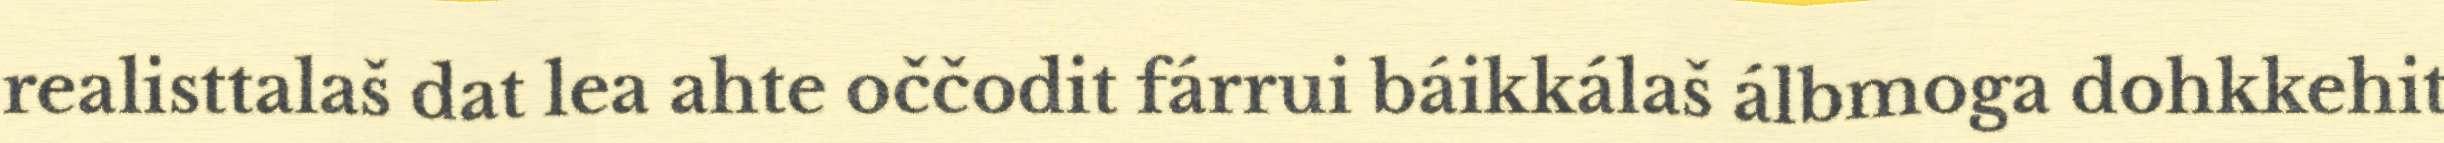
realisttalaš dat lea ahte oččodit fárrui báikkálaš álbmoga dohkkehit